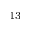
^ { 1 3 }